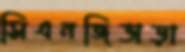
সিএনজিভাড়া